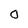
Character: O